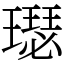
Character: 璱